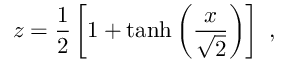
z = { \frac { 1 } { 2 } } \left[ 1 + \operatorname { t a n h } \left( { \frac { x } { \sqrt { 2 } } } \right) \right] \ ,